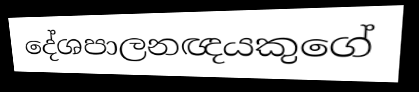
දේශපාලනඥයකුගේ